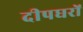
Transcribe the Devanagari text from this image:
दीपघरों